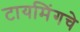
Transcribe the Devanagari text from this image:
टायमिंगचे